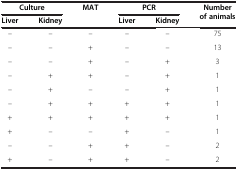
<table><thead><tr><td colspan="2"><b>Culture</b></td><td><b>MAT</b></td><td colspan="2"><b>PCR</b></td><td><b>Number of animals</b></td></tr><tr><td><b>Liver</b></td><td><b>Kidney</b></td><td><b> </b></td><td><b>Liver</b></td><td><b>Kidney</b></td><td><b> </b></td></tr></thead><tbody><tr><td>–</td><td>–</td><td>–</td><td>–</td><td>–</td><td>75</td></tr><tr><td>–</td><td>–</td><td>+</td><td>–</td><td>–</td><td>13</td></tr><tr><td>–</td><td>–</td><td>+</td><td>–</td><td>+</td><td>3</td></tr><tr><td>–</td><td>+</td><td>+</td><td>–</td><td>+</td><td>1</td></tr><tr><td>–</td><td>+</td><td>–</td><td>–</td><td>+</td><td>1</td></tr><tr><td>–</td><td>+</td><td>+</td><td>+</td><td>+</td><td>1</td></tr><tr><td>+</td><td>+</td><td>+</td><td>+</td><td>+</td><td>1</td></tr><tr><td>+</td><td>–</td><td>–</td><td>+</td><td>–</td><td>1</td></tr><tr><td>–</td><td>–</td><td>+</td><td>+</td><td>–</td><td>2</td></tr><tr><td>+</td><td>–</td><td>+</td><td>+</td><td>–</td><td>2</td></tr></tbody></table>